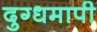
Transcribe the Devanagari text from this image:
दुग्धमापी